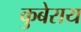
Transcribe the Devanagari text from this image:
कुबेराय